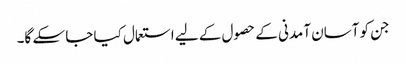
جن کو آسان آمدنی کے حصول کے لیے استعمال کیا جا سکے گا۔